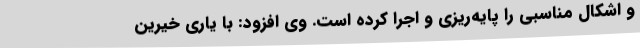
و اشکال مناسبی را پایه‌ریزی و اجرا کرده است. وی افزود: با یاری خیرین